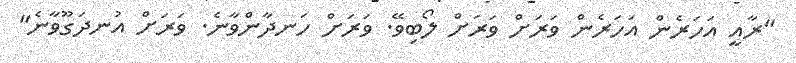
"ރާއީ އަހަރެން އަހަރެން ވަރަށް ވަރަށް ލޯބިވޭ. ވަރަށް ހަނދާންވާނެ. ވަރަށް އުނދަގޫވާނެ"